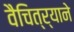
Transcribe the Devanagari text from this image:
वैचित्र्याने